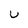
Character: U